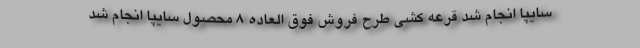
سایپا انجام شد قرعه کشی طرح فروش فوق العاده ۸ محصول سایپا انجام شد